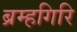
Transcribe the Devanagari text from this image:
ब्रम्हगिरि